Vaccination in Bombay 1913-1923 - 1913-1923
Year: 1913
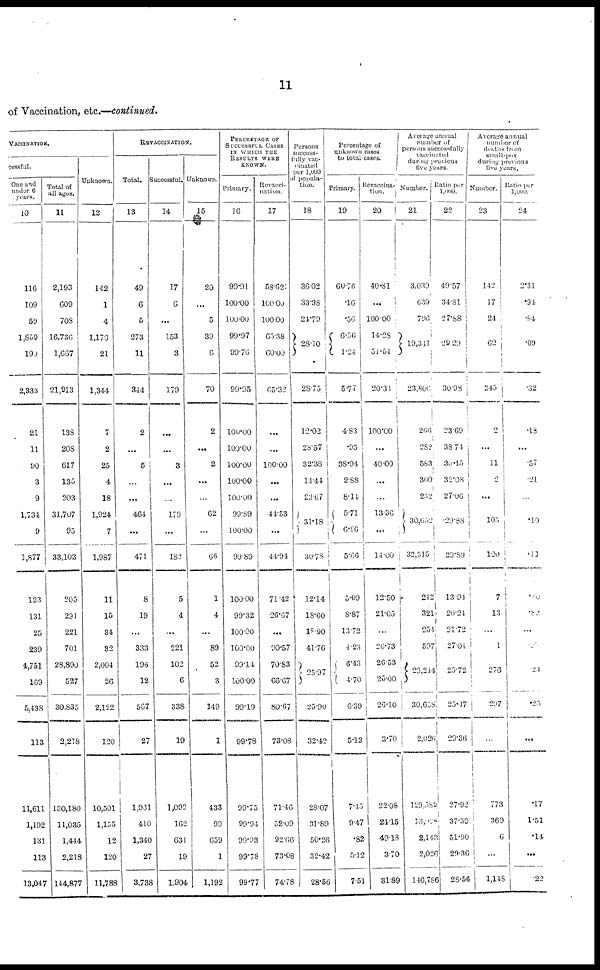
11
of Vaccination, etc.—continued.
VACCINATION.
cessful.
One and
under 6
years.
10
116
109
59
1,859
190
2,333
21
11
90
3
9
1,734
9
1,877
123
131
25
239
4,751
169
5,438
113
11,611
1,192
131
113
13,047
Total of
all ages.
11
2,193
609
708
16,736
1,667
21,913
138
208
617
135
203
31,707
95
33,103
205
291
221
701
28,890
527
30,835
2,218
130,180
11,035
1,444
2,218
144,877
Unknown.
12
142
1
4
1,173
21
1,344
7
2
25
4
18
1,924
7
1,987
11
15
34
32
2,004
26
2,122
120
10,501
1,155
12
120
11,788
REVACCINATION.
Total.
13
49
6
5
273
11
344
2
...
5
...
...
464
...
471
8
19
...
333
196
12
567
27
1,901
410
1,340
27
3,738
Successful.
14
17
6
...
153
3
179
...
...
3
...
...
179
...
182
5
4
...
221
102
6
338
19
1,092
162
631
19
1,904
Unknown.
15
20
...
5
39
6
70
2
...
2
...
...
62
...
66
1
4
...
89
52
3
149
1
433
99
659
1
1,192
PERCENTAGE OF
SUCCESSFUL CASES
IN WHICH THE
RESULTS WERE
KNOWN.
Primary.
16
99.91
100.00
100.00
99.97
99.76
99.95
100.00
100.00
100.00
100.00
100.00
99.89
100.00
90.89
100.00
99.32
100.00
100.00
99.14
100.00
99.19
99.78
99.75
99.94
99.03
99.78
99.77
Revacci¬
nation.
17
58.62
100.00
100.00
65.38
60.00
65.32
...
...
100.00
...
...
41.53
...
44.94
71.42
26.67
...
90.57
70.83
66.67
80.67
73.08
71.46
52.09
92.66
73.08
74.78
Persons
success¬
fully vac¬
cinated
per 1,000
of popula¬
tion.
18
36.02
33.98
24.79
28.10
28.75
12.02
28.57
32.38
1144
23.67
31.18
30.78
12.14
18.60
18.90
41.76
25.97
25.90
32.42
28.07
31.89
50.26
32.42
28.56
Percentage of
unknown cases
to total cases.
Primary.
19
60.76
.16
.56
6.56
1.24
5.77
4.83
.95
38.94
2.88
8.14
5.71
6.86
5.66
5.00
8.87
13.72
4.23
6.43
4.70
6.39
5.12
7.45
9.47
.82
5.12
7.51
Revaccina¬
tion.
20
40.81
...
100.00
14.28
51.54
20.34
100.00
...
40.00
...
...
13.36
...
14.00
12.50
21.05
...
26.73
26.53
25.00
26.10
3.70
22.08
24.15
49.18
3.70
31.89
Average annual
number of
persons successfully
vaccinated
during previous
five years.
Number.
21
3,039
630
796
19,341
23,806
266
282
583
300
232
30,652
32,315
212
321
254
597
29,214
30,658
2,026
129,589
13,028
2,143
2,026
146,786
Ratio per
1,000.
22
49.57
34.81
27.88
29.29
30.98
23.69
38.74
30.45
32.08
27.06
29.88
29.89
13.94
20.24
21.72
27.04
25.72
25.17
29.36
27.92
37.39
51.90
29.36
28.56
Average annual
number of
deaths from
small-pox
during previous
five years.
Number.
23
142
17
24
62
245
2
...
11
2
...
105
120
7
13
...
1
276
297
...
773
369
6
...
1,148
Ratio per
1,000.
24
2.31
.94
.84
.09
.32
.18
...
.57
.21
...
.10
.11
.40
.82
...
.
0
1
.24
.25
...
.17
1.51
.14
...
.22